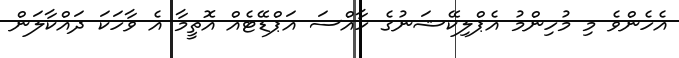
އެހެންވެ މި މުހިންމު އެޕްލިކޭޝަނުގެ ހާއްސަ އަޕްޑޭޓެއް އޮތީމާ އެ ވާހަކަ ދައްކާލަން